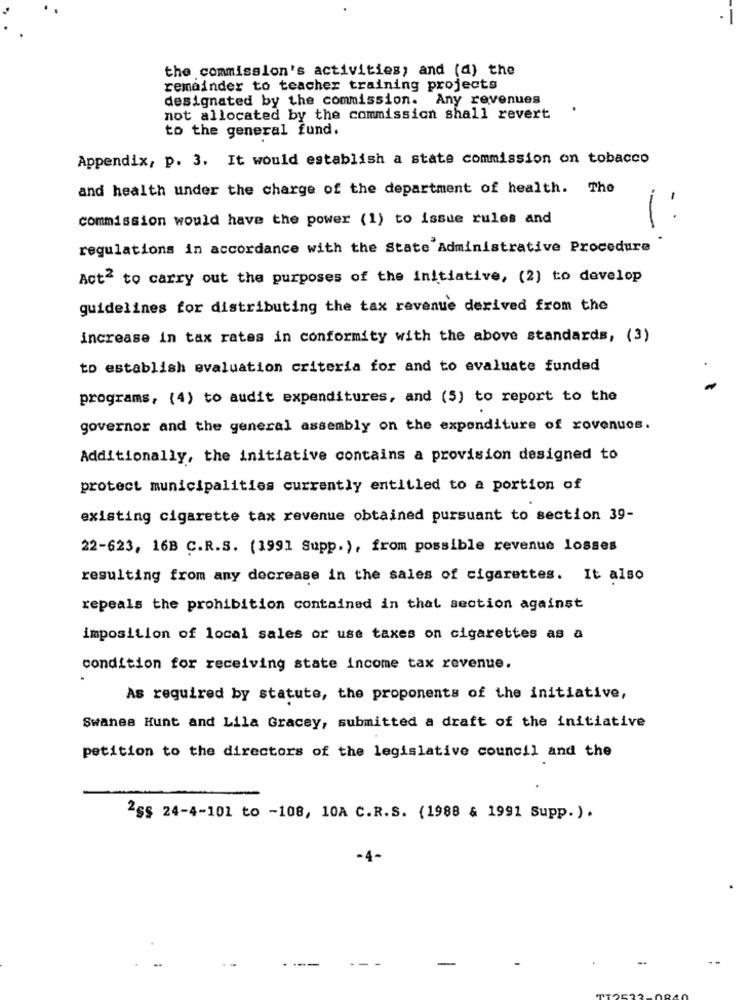
the commission's activities; and (d) the
remainder to teacher training projects
designated by the commission. Any revenues
not allocated by the commission shall revert
to the general fund.
Appendix, p. 3. It would establish a state commission on tobacco
and health under the charge of the department of health. The
commission would have the power (1) to issue rules and
1:
regulations in accordance with the State Administrative Procedure
Act2 to carry out the purposes of the initiative, (2) to develop
guidelines for distributing the tax revenue derived from the
increase in tax rates in conformity with the above standards, (3)
to establish evaluation criteria for and to evaluate funded
programs, (4) to audit expenditures, and (5) to report to the
governor and the general assembly on the expenditure of rovenues.
Additionally, the initiative contains a provision designed to
protect municipalities currently entitled to a portion of
existing cigarette tax revenue obtained pursuant to section 39-
22-623, 16B C.R.S. (1991 Supp.), from possible revenue losses
resulting from any decrease in the sales of cigarettes. It also
repeals the prohibition contained in that section against
imposition of local sales or use taxes on cigarettes as a
condition for receiving state income tax revenue.
As required by statute, the proponents of the initiative,
Swanes Hunt and Lila Gracey, submitted a draft of the initiative
petition to the directors of the legislative council and the
2ss 24-4-101 to -108, 10A C.R.S. (1988 & 1991 Supp.).
----